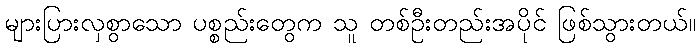
များပြားလှစွာသော ပစ္စည်းတွေက သူ တစ်ဦးတည်းအပိုင် ဖြစ်သွားတယ်။